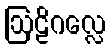
ဩဠိဂလ္လေ